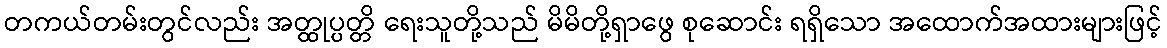
တကယ်တမ်းတွင်လည်း အတ္ထုပ္ပတ္တိ ရေးသူတို့သည် မိမိတို့ရှာဖွေ စုဆောင်း ရရှိသော အထောက်အထားများဖြင့်